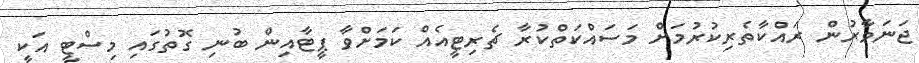
ޖަނަވާރުން ރައްކާތެރިކުރުމަށް މަސައްކަތްކުރާ ޗެރިޓީއެއް ކަމަށްވާ ޕީޓާއިން ބުނި ގޮތުގައި މިސްޓީ އަކީ